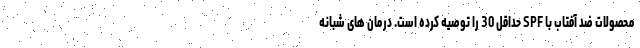
محصولات ضد آفتاب با SPF حداقل 30 را توصیه کرده است. درمان های شبانه